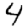
Digit: 4